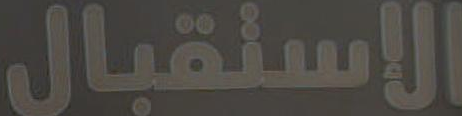
الاستقبال